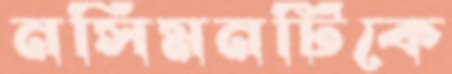
নসিমনটিকে